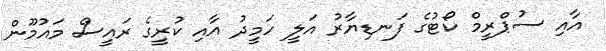
އާއި ސުޕްރީމް ކޯޓުގެ ފަނޑިޔާރު އަލީ ހަމީދު އާއި ކުރީގެ ރައީސް މައުމޫން